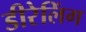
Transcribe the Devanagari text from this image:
डीरेलिंग